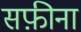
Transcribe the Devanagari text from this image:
सफ़ीना